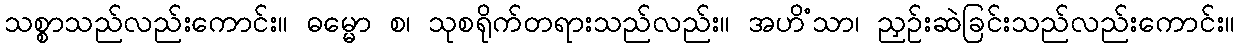
သစ္စာသည်လည်းကောင်း။ ဓမ္မော စ၊ သုစရိုက်တရားသည်လည်း။ အဟိံသာ၊ ညှဉ်းဆဲခြင်းသည်လည်းကောင်း။